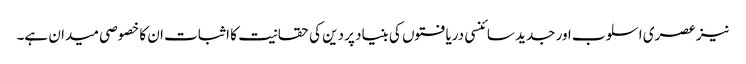
نیز عصری اسلوب اور جدید سائنسی دریافتوں کی بنیاد پر دین کی حقانیت کا اثبات ان کا خصوصی میدان ہے۔